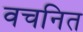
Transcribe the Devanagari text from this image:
वचनित